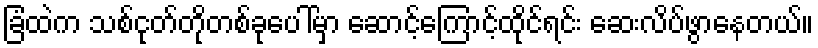
ခြံထဲက သစ်ငုတ်တိုတစ်ခုပေါ်မှာ ဆောင့်ကြောင့်ထိုင်ရင်း ဆေးလိပ်ဖွာနေတယ်။